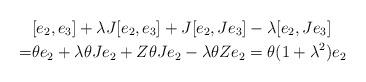
LaTeX: \begin{align*}&[e_2,e_3]+\lambda J[e_2,e_3]+J[e_2,Je_3]-\lambda[e_2,Je_3] \\=&\theta e_2+\lambda\theta Je_2+Z\theta Je_2-\lambda\theta Ze_2 = \theta(1+\lambda^2)e_2\end{align*}